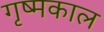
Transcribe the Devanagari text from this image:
गृष्मकाल